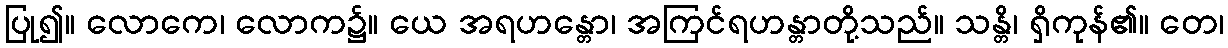
ပြု၍။ လောကေ၊ လောက၌။ ယေ အရဟန္တော၊ အကြင်ရဟန္တာတို့သည်။ သန္တိ၊ ရှိကုန်၏။ တေ၊